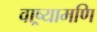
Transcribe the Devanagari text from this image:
वाष्र्यामणि